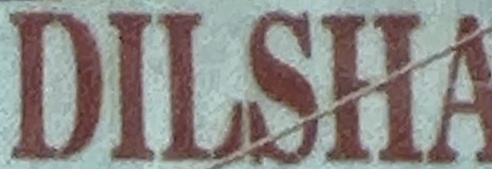
DILSHA